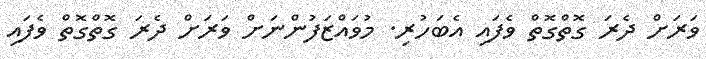
ވަރަށް ދެރަ ގޮތްގޮތް ވެފައި އެބަހުރި. މުވައްޒަފުންނަށް ވަރަށް ދެރަ ގޮތްގޮތް ވެފައި